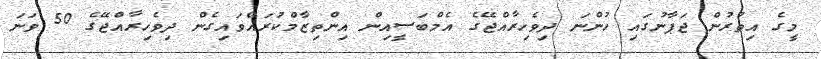
މީގެ އިތުރުން ޖަޕާނުގައި ހުންނަ ދިވެހިރާއްޖޭގެ އެމްބަސީއިން އިންތިޒާމްކުރައްވައިގެން ދިވެހިރާއްޖޭގެ 50 ވަނަ